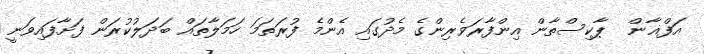
އަފްޣާން  ޕާކިސްތާން އިންފާރަވެރިންގެ މެދުގައި އެންމެ ފުރަތަމަ ހަމަލާތައް ބަދަލުކުރަން ފަށާފައިވަނީ